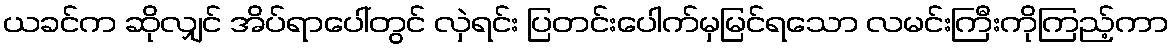
ယခင်က ဆိုလျှင် အိပ်ရာပေါ်တွင် လှဲရင်း ပြတင်းပေါက်မှမြင်ရသော လမင်းကြီးကိုကြည့်ကာ